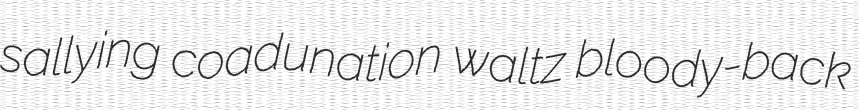
sallying coadunation waltz bloody-back